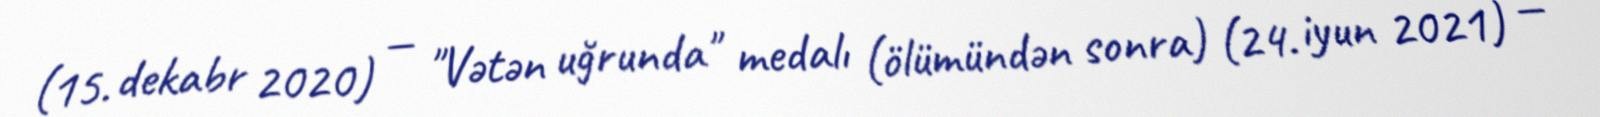
(15. dekabr 2020) — "Vətən uğrunda" medalı (ölümündən sonra) (24. iyun 2021) —